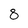
Character: 8